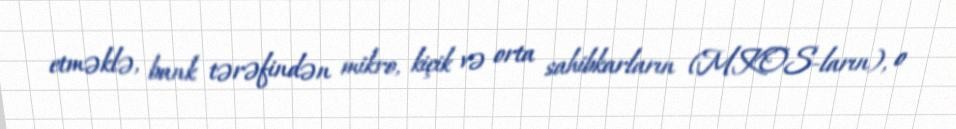
etməklə, bank tərəfindən mikro, kiçik və orta sahibkarların (MKOS-ların), o